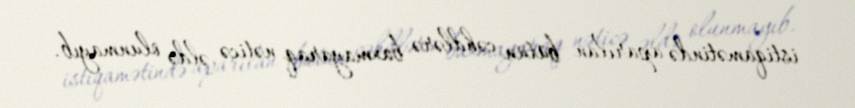
istiqamətində aparılan bütün cəhdlərə baxmayaraq nəticə əldə olunmayıb.